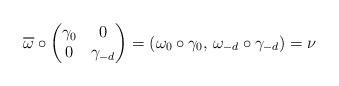
LaTeX: \begin{align*} \overline{\omega}\circ\begin{pmatrix} \gamma_0 & 0\\0&\gamma_{-d} \end{pmatrix}=(\omega_0\circ\gamma_0, \,\omega_{-d}\circ\gamma_{-d})=\nu\end{align*}